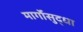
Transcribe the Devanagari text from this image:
मार्गोसुद्धा